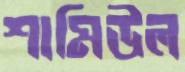
শামিউল